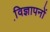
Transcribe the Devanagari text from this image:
वि़ज्ञापनों